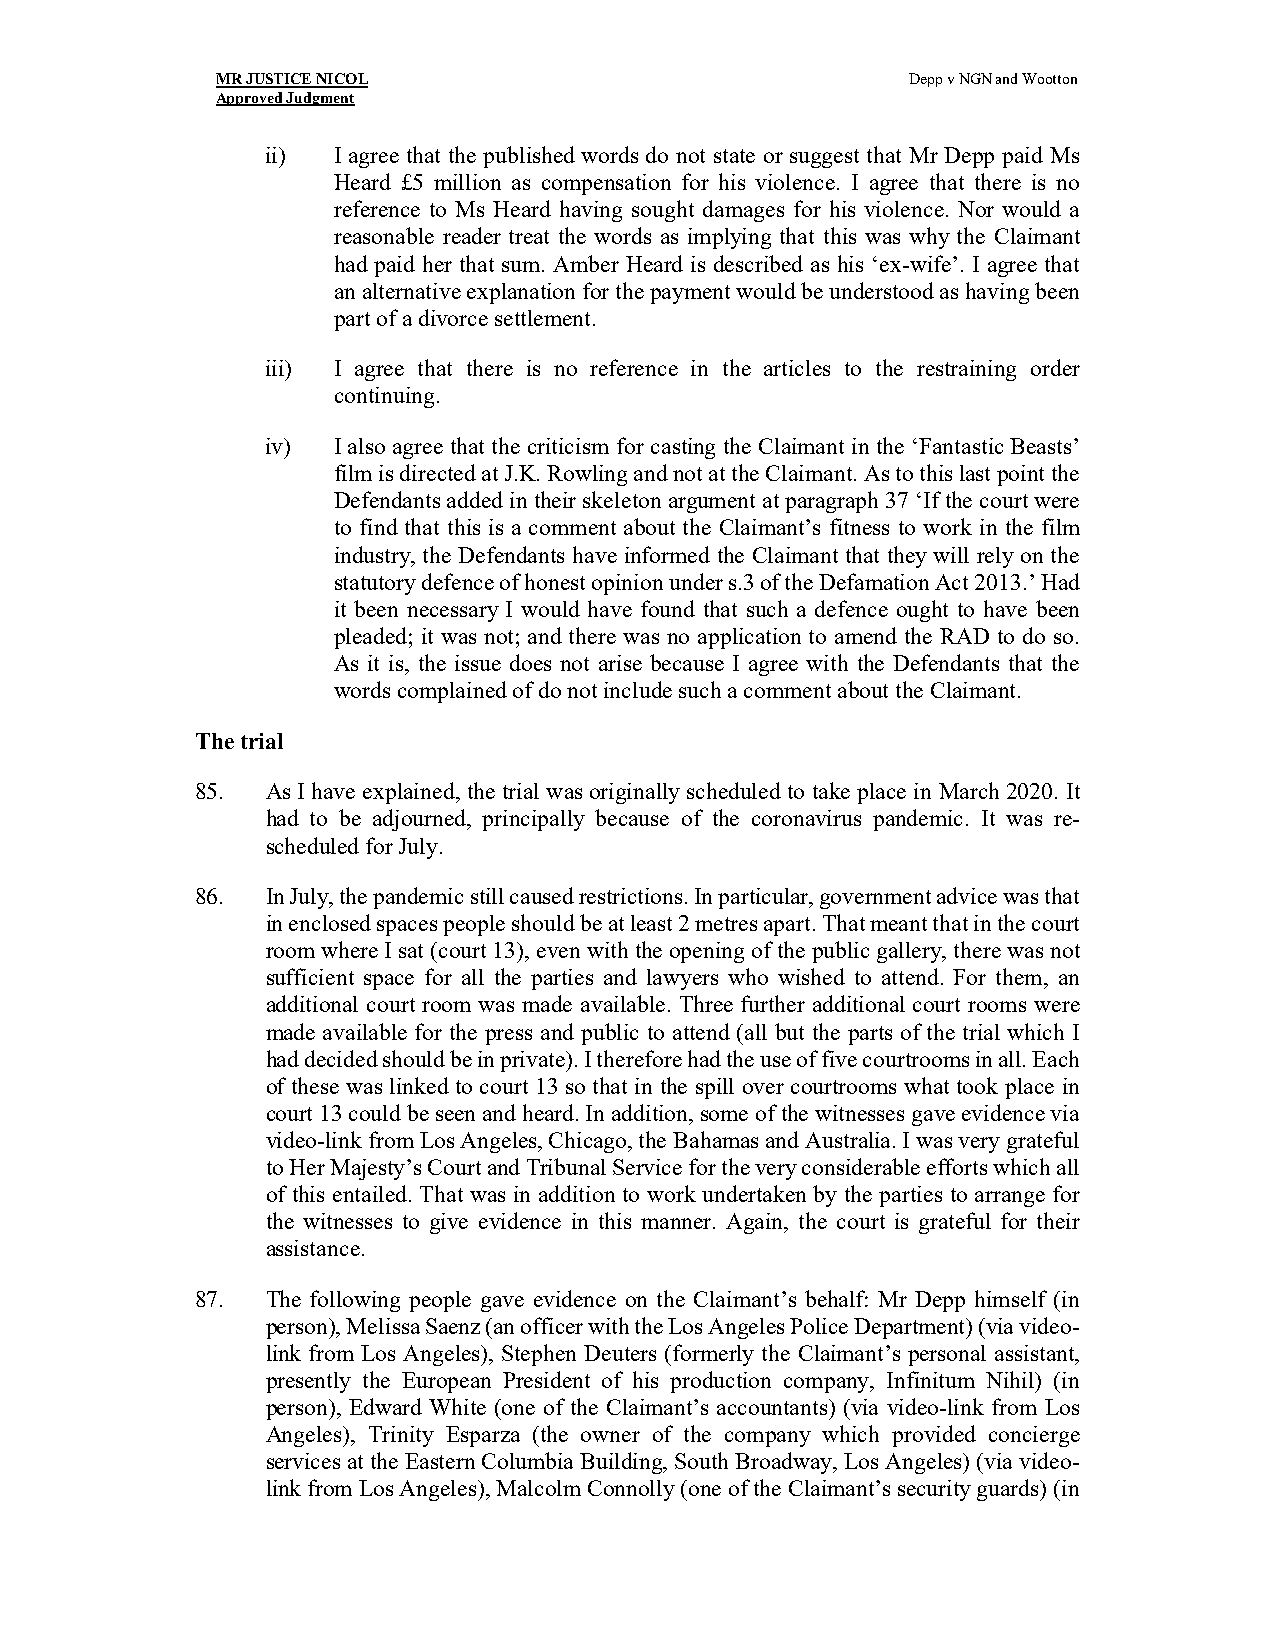
MR JUSTICE NICOL                              Depp v NGN and Wootton
 Approved Judgment
 ii) I agree that the published words do not state or suggest that Mr Depp paid Ms
 Heard £5 million as compensation for his violence. I agree that there is no
 reference to Ms Heard having sought damages for his violence. Nor would a
 reasonable reader treat the words as implying that this was why the Claimant
 had paid her that sum. Amber Heard is described as his ‘ex-wife’. I agree that
 an alternative explanation for the payment would be understood as having been
 part of a divorce settlement.
 iii) I agree that there is no reference in the articles to the restraining order
 continuing.
 iv) I also agree that the criticism for casting the Claimant in the ‘Fantastic Beasts’
 film is directed at J.K. Rowling and not at the Claimant. As to this last point the
 Defendants added in their skeleton argument at paragraph 37 ‘If the court were
 to find that this is a comment about the Claimant’s fitness to work in the film
 industry, the Defendants have informed the Claimant that they will rely on the
 statutory defence of honest opinion under s.3 of the Defamation Act 2013.’ Had
 it been necessary I would have found that such a defence ought to have been
 pleaded; it was not; and there was no application to amend the RAD to do so.
 As it is, the issue does not arise because I agree with the Defendants that the
 words complained of do not include such a comment about the Claimant.
 The trial
 85.  As I have explained, the trial was originally scheduled to take place in March 2020. It
 had to be adjourned, principally because of the coronavirus pandemic. It was re-
 scheduled for July.
 86.  In July, the pandemic still caused restrictions. In particular, government advice was that
 in enclosed spaces people should be at least 2 metres apart. That meant that in the court
 room where I sat (court 13), even with the opening of the public gallery, there was not
 sufficient space for all the parties and lawyers who wished to attend. For them, an
 additional court room was made available. Three further additional court rooms were
 made available for the press and public to attend (all but the parts of the trial which I
 had decided should be in private). I therefore had the use of five courtrooms in all. Each
 of these was linked to court 13 so that in the spill over courtrooms what took place in
 court 13 could be seen and heard. In addition, some of the witnesses gave evidence via
 video-link from Los Angeles, Chicago, the Bahamas and Australia. I was very grateful
 to Her Majesty’s Court and Tribunal Service for the very considerable efforts which all
 of this entailed. That was in addition to work undertaken by the parties to arrange for
 the witnesses to give evidence in this manner. Again, the court is grateful for their
 assistance.
 87.  The following people gave evidence on the Claimant’s behalf: Mr Depp himself (in
 person), Melissa Saenz (an officer with the Los Angeles Police Department) (via video-
 link from Los Angeles), Stephen Deuters (formerly the Claimant’s personal assistant,
 presently the European President of his production company, Infinitum Nihil) (in
 person), Edward White (one of the Claimant’s accountants) (via video-link from Los
 Angeles), Trinity Esparza (the owner of the company which provided concierge
 services at the Eastern Columbia Building, South Broadway, Los Angeles) (via video-
 link from Los Angeles), Malcolm Connolly (one of the Claimant’s security guards) (in